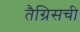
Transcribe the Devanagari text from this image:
तैग्रिसची